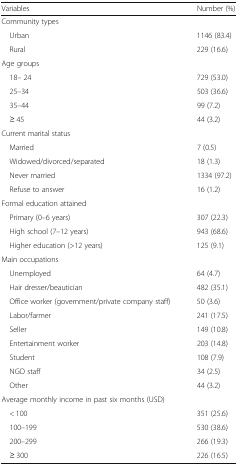
| Variables | Number (%) |
 | --- | --- |
 | <COLSPAN=2> Community types |
 | Urban | 1146 (83.4) |
 | Rural | 229 (16.6) |
 | <COLSPAN=2> Age groups |
 | 18– 24 | 729 (53.0) |
 | 25–34 | 503 (36.6) |
 | 35–44 | 99 (7.2) |
 | ≥ 45 | 44 (3.2) |
 | <COLSPAN=2> Current marital status |
 | Married | 7 (0.5) |
 | Widowed/divorced/separated | 18 (1.3) |
 | Never married | 1334 (97.2) |
 | Refuse to answer | 16 (1.2) |
 | <COLSPAN=2> Formal education attained |
 | Primary (0–6 years) | 307 (22.3) |
 | High school (7–12 years) | 943 (68.6) |
 | Higher education (>12 years) | 125 (9.1) |
 | <COLSPAN=2> Main occupations |
 | Unemployed | 64 (4.7) |
 | Hair dresser/beautician | 482 (35.1) |
 | Office worker (government/private company staff) | 50 (3.6) |
 | Labor/farmer | 241 (17.5) |
 | Seller | 149 (10.8) |
 | Entertainment worker | 203 (14.8) |
 | Student | 108 (7.9) |
 | NGO staff | 34 (2.5) |
 | Other | 44 (3.2) |
 | <COLSPAN=2> Average monthly income in past six months (USD) |
 | < 100 | 351 (25.6) |
 | 100–199 | 530 (38.6) |
 | 200–299 | 266 (19.3) |
 | ≥ 300 | 226 (16.5) |